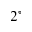
2 ^ { \circ }